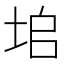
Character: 垖